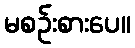
မစဉ်းစားပေ။